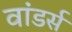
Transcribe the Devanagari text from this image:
वांडर्स